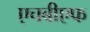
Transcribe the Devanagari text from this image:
एचबीएफ